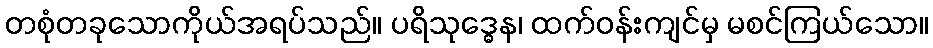
တစုံတခုသောကိုယ်အရပ်သည်။ ပရိသုဒ္ဓေန၊ ထက်ဝန်းကျင်မှ မစင်ကြယ်သော။